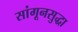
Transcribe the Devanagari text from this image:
सांगूनसुद्धा